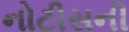
નોટીસની